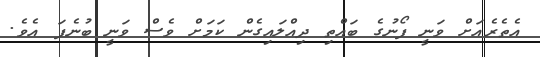
އެތެރެއަށް ވަނީ ފޯނުގެ ބައްތި ދިއްލައިގެން ކަމަށް ވެސް ވަނީ ބުނެފަ އެވެ.